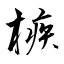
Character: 槉